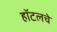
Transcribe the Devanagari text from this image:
हॉटलचे